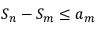
S _ { n } - S _ { m } \leq a _ { m }